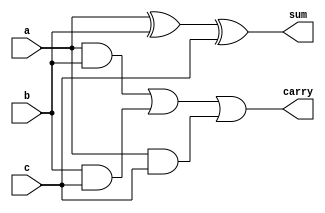
`timescale 1ns / 1ps
//////////////////////////////////////////////////////////////////////////////////
// Company: 
// Engineer: 
// 
// Design Name: 
// Module Name:    full_adder_structural 
// Project Name: 
// Target Devices: 
// Tool versions: 
// Description: 
//
// Dependencies: 
//
// Revision: 
// Revision 0.01 - File Created
// Additional Comments: 
//
//////////////////////////////////////////////////////////////////////////////////
module full_adder_structural(
    input a,
    input b,
    input c,
    output sum,
    output carry
    );
	 wire t1,t2,t3;
	 xor(sum,a,b,c);
	 and(t1,a,b);
	 and(t2,b,c);
	 and(t3,a,c);
	 or(carry,t1,t2,t3);
	 


endmodule